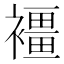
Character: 𧝿